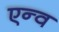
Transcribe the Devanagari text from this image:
एन्व